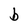
Character: b